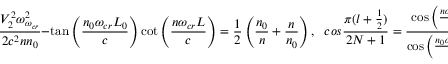
\frac { V _ { 2 } ^ { 2 } \omega _ { \omega _ { c r } } ^ { 2 } } { 2 c ^ { 2 } n n _ { 0 } } - \tan \left( \frac { n _ { 0 } \omega _ { c r } L _ { 0 } } { c } \right) \cot \left( \frac { n \omega _ { c r } L } { c } \right) = \frac { 1 } { 2 } \left( \frac { n _ { 0 } } { n } + \frac { n } { n _ { 0 } } \right) , \ \ \, c o s \frac { \pi ( l + \frac { 1 } { 2 } ) } { 2 N + 1 } = \frac { \cos \left( \frac { n \omega _ { c r } L } { c } \right) } { \cos \left( \frac { n _ { 0 } \omega _ { c r } L _ { 0 } } { c } \right) }